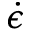
\dot { \epsilon }